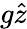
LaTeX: g\hat{z}